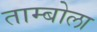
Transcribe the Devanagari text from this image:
ताम्बोला